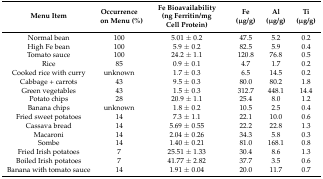
<table><thead><tr><td><b>Menu Item</b></td><td><b>Occurrence on Menu (%)</b></td><td><b>Fe Bioavailability (ng Ferritin/mg Cell Protein)</b></td><td><b>Fe (μg/g)</b></td><td><b>Al (μg/g)</b></td><td><b>Ti (μg/g)</b></td></tr></thead><tbody><tr><td>Normal bean</td><td>100</td><td>5.01 ± 0.2</td><td>47.5</td><td>5.2</td><td>0.2</td></tr><tr><td>High Fe bean</td><td>100</td><td>5.9 ± 0.2</td><td>82.5</td><td>5.9</td><td>0.4</td></tr><tr><td>Tomato sauce</td><td>100</td><td>24.2 ± 1.1</td><td>120.8</td><td>76.8</td><td>0.5</td></tr><tr><td>Rice</td><td>85</td><td>0.9 ± 0.1</td><td>4.7</td><td>1.7</td><td>0.2</td></tr><tr><td>Cooked rice with curry</td><td>unknown</td><td>1.7 ± 0.3</td><td>6.5</td><td>14.5</td><td>0.2</td></tr><tr><td>Cabbage + carrots</td><td>43</td><td>9.5 ± 0.3</td><td>80.0</td><td>80.2</td><td>1.8</td></tr><tr><td>Green vegetables</td><td>43</td><td>1.5 ± 0.3</td><td>312.7</td><td>448.1</td><td>14.4</td></tr><tr><td>Potato chips</td><td>28</td><td>20.9 ± 1.1</td><td>25.4</td><td>8.0</td><td>1.2</td></tr><tr><td>Banana chips</td><td>unknown</td><td>1.8 ± 0.2</td><td>10.5</td><td>2.5</td><td>0.4</td></tr><tr><td>Fried sweet potatoes</td><td>14</td><td>7.3 ± 1.1</td><td>22.1</td><td>10.0</td><td>0.6</td></tr><tr><td>Cassava bread</td><td>14</td><td>5.69 ± 0.55</td><td>22.2</td><td>22.8</td><td>1.3</td></tr><tr><td>Macaroni</td><td>14</td><td>2.04 ± 0.26</td><td>34.3</td><td>5.8</td><td>0.3</td></tr><tr><td>Sombe</td><td>14</td><td>1.40 ± 0.21</td><td>81.0</td><td>168.1</td><td>0.8</td></tr><tr><td>Fried Irish potatoes</td><td>7</td><td>25.51 ± 1.33</td><td>30.4</td><td>8.6</td><td>1.3</td></tr><tr><td>Boiled Irish potatoes</td><td>7</td><td>41.77 ± 2.82</td><td>37.7</td><td>3.5</td><td>0.6</td></tr><tr><td>Banana with tomato sauce</td><td>14</td><td>1.91 ± 0.04</td><td>20.0</td><td>11.7</td><td>0.7</td></tr></tbody></table>